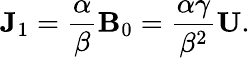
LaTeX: {\mathbf{J}}_{1}=\frac{\alpha}{\beta}{\mathbf{B}}_{0}=\frac{\alpha\gamma}{\beta^{2}}{\mathbf{U}}.